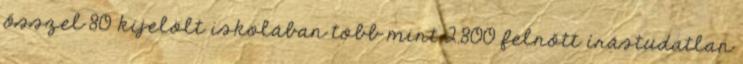
ősszel 80 kijelölt iskolában több mint 2.800 felnőtt írástudatlan